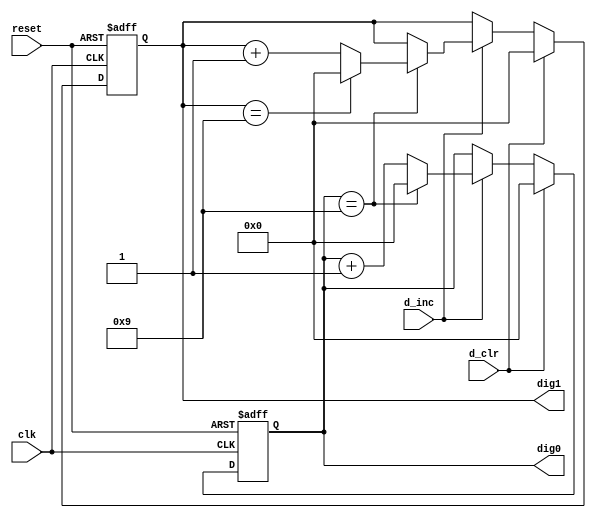
// Listing 14.8
module m100_counter
   (
    input wire clk, reset,
    input wire d_inc, d_clr,
    output wire [3:0] dig0, dig1
   );

   // signal declaration
   reg [3:0] dig0_reg, dig1_reg, dig0_next, dig1_next;

   // registers
   always @(posedge clk, posedge reset)
      if (reset)
         begin
            dig1_reg <= 0;
            dig0_reg <= 0;
         end
      else
         begin
            dig1_reg <= dig1_next;
            dig0_reg <= dig0_next;
         end

   // next-state logic
   always @*
   begin
      dig0_next = dig0_reg;
      dig1_next = dig1_reg;
      if (d_clr)
         begin
            dig0_next = 0;
            dig1_next = 0;
         end
      else if (d_inc)
         if (dig0_reg==9)
            begin
               dig0_next = 0;
               if (dig1_reg==9)
                  dig1_next = 0;
               else
                  dig1_next = dig1_reg + 1;
             end
         else  // dig0 not 9
            dig0_next = dig0_reg + 1;
   end
   // output
   assign dig0 = dig0_reg;
   assign dig1 = dig1_reg;

endmodule